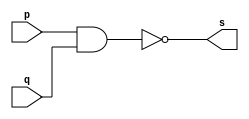
// ----------------------------------------
// Exercicio01 - NAND
// Nome: Joo Henrique Mendes de Oliveira
//-----------------------------------------

//-----------------------------------------
//--nand gate
//-----------------------------------------
module nandgate(output s, input p, input q);

 assign s = (~(p & q)); 
endmodule // nandgate

//-----------------------------------------
//--test nand gate
//-----------------------------------------
module testnandgate;
//-----------------------------dados locais
 reg a, b;	//definir registrador
 wire s;	//definir conexo (fio)
//--------------------------------instancia
 nandgate NAND1(s, a, b);
//-------------------------------preparacao
 initial begin: star
  a = 0; b = 0;
 end
//--------------------------parte principal
 initial begin
	 $display("Exerccio 01 - Joo Henrique M. de Oliveira - 392734");
	 $display("Test NAND gate");
	 $display("\n ~(a & b) = s\n");
	 a = 0; b = 0;
	#1 $display("%b & %b = %b", a, b, s); 
	 a = 0; b = 1; 
	#1 $display("%b & %b = %b", a, b, s); 
	 a = 1; b = 0; 
	#1 $display("%b & %b = %b", a, b, s); 
	 a = 1; b = 1; 
	#1 $display("%b & %b = %b", a, b, s); 
 end 
	 
 endmodule // testandgate